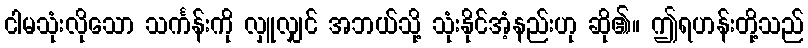
ငါမသုံးလိုသော သင်္ကန်းကို လှူလျှင် အဘယ်သို့ သုံးနိုင်အံ့နည်းဟု ဆို၏။ ဤရဟန်းတို့သည်